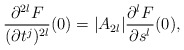
\begin{align*}\frac{\partial^{2l} F}{(\partial t^j)^{2l}}(0)=|A_{2l}| \frac{\partial^l F}{\partial s^l}(0),\end{align*}